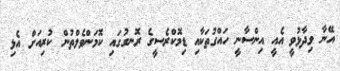
އޭނާ ވިދާޅުވީ އެއީ އިންސާނީ ހައްގުތަކާއި ޑިމޮކްރެސީގެ ރޮނގުގައި ކޮމަންވެލްތުން ކުރިއަށް އެޅި